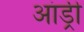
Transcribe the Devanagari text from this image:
आंड्री